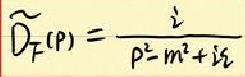
\(\widetilde{D}_F(p)=\frac{i}{p^{2}-m^{2}+i\varepsilon}\)